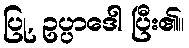
ပြု, ဥပ္ပာဒေါ ပြီး၏။